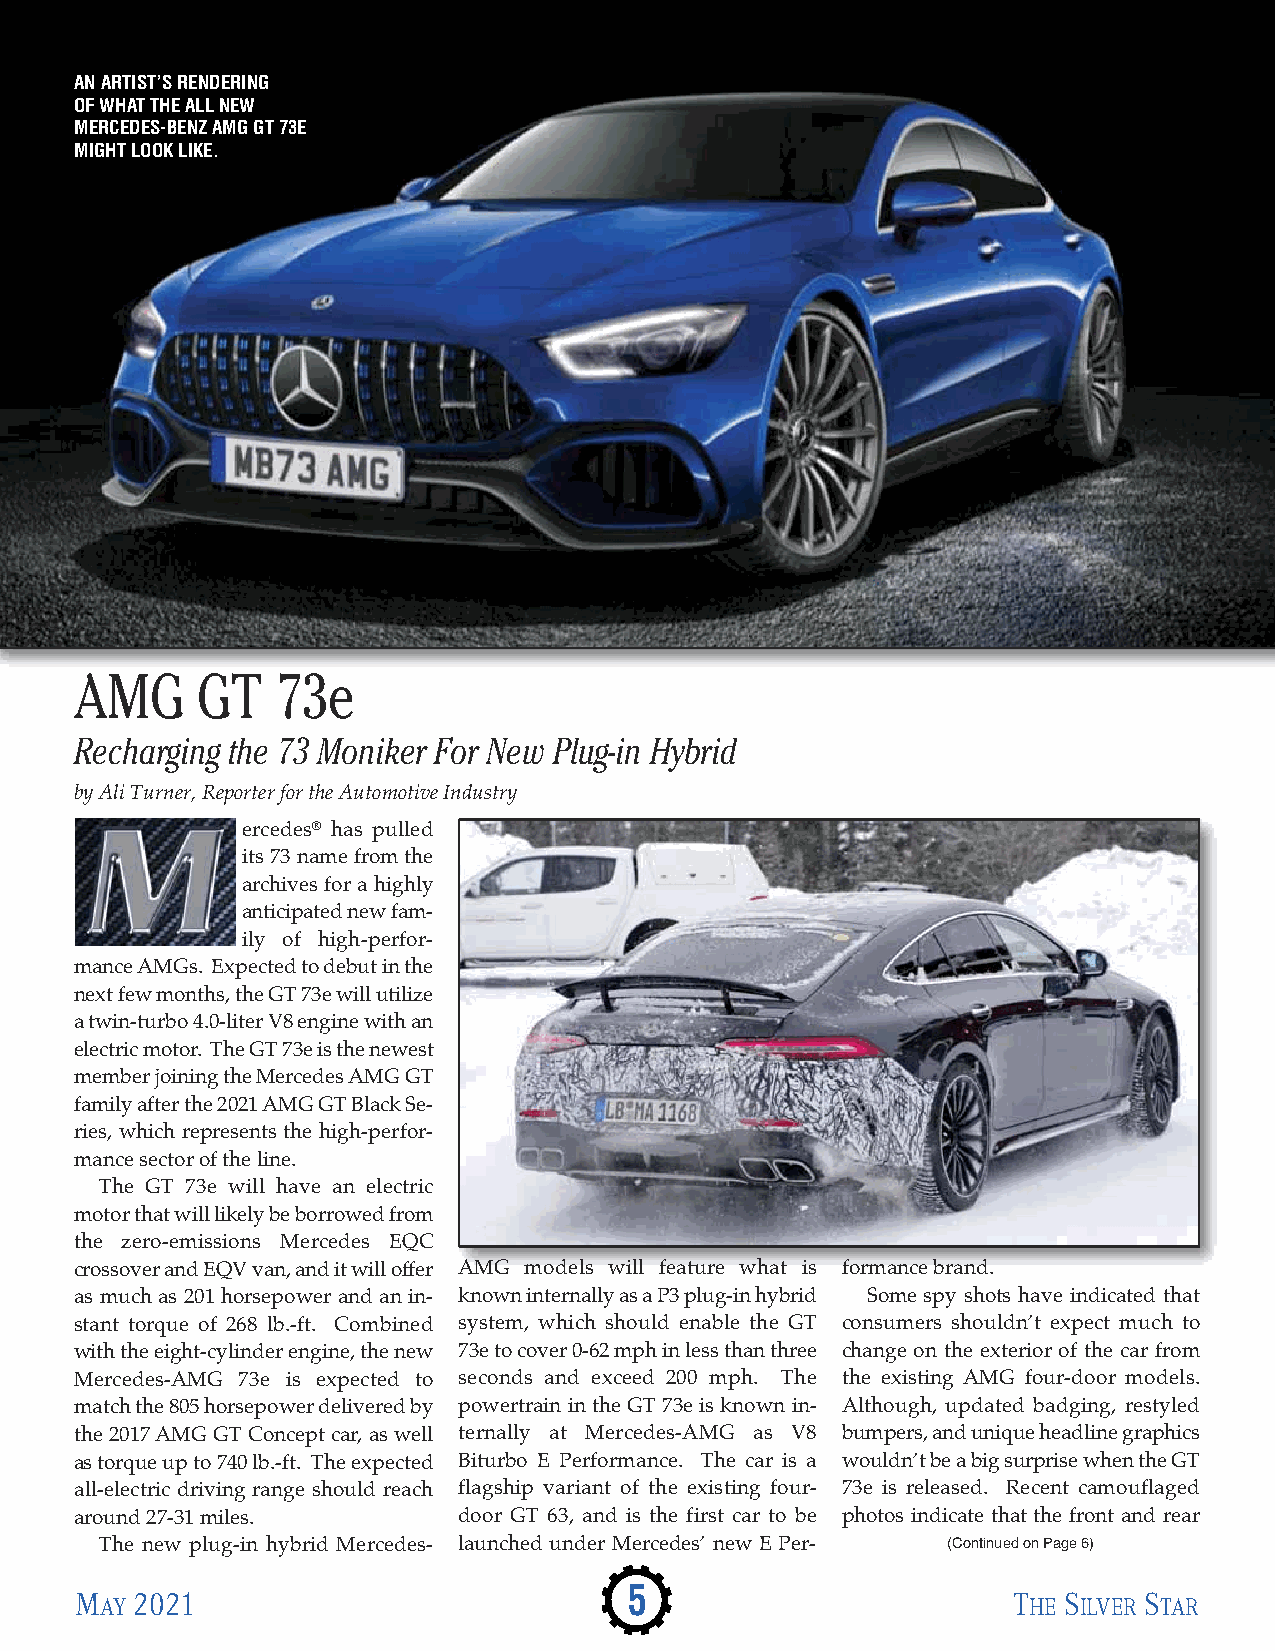
AN ARTIST’S RENDERING
 OF WHAT THE ALL NEW
 MERCEDES-BENZ AMG GT 73E
 MIGHT LOOK LIKE.
 AMG     GT   73e
 Recharging the 73 Moniker For New Plug-in Hybrid
 by Ali Turner, Reporter for the Automotive Industry
 ercedes® has pulled
 its 73 name from the
 archives for a highly
 anticipated new fam-
 ily of high-perfor-
 mance AMGs. Expected to debut in the
 next few months, the GT 73e will utilize
 a twin-turbo 4.0-liter V8 engine with an
 electric motor. The GT 73e is the newest
 member joining the Mercedes AMG GT
 family after the 2021 AMG GT Black Se-
 ries, which represents the high-perfor-
 mance sector of the line.
 The GT 73e will have an electric
 motor that will likely be borrowed from
 the zero-emissions Mercedes EQC
 crossover and EQV van, and it will offer AMG models will feature what is formance brand.
 as much as 201 horsepower and an in- known internally as a P3 plug-in hybrid Some spy shots have indicated that
 stant torque of 268 lb.-ft. Combined system, which should enable the GT consumers shouldn’t expect much to
 with the eight-cylinder engine, the new 73e to cover 0-62 mph in less than three change on the exterior of the car from
 Mercedes-AMG 73e is expected to seconds and exceed 200 mph. The the existing AMG four-door models.
 match the 805 horsepower delivered by powertrain in the GT 73e is known in- Although, updated badging, restyled
 the 2017 AMG GT Concept car, as well ternally at Mercedes-AMG as V8 bumpers, and unique headline graphics
 as torque up to 740 lb.-ft. The expected Biturbo E Performance. The car is a wouldn’t be a big surprise when the GT
 all-electric driving range should reach flagship variant of the existing four- 73e is released. Recent camouflaged
 around 27-31 miles.      door GT 63, and is the first car to be photos indicate that the front and rear
 The new plug-in hybrid Mercedes- launched under Mercedes’ new E Per- (Continued on Page 6)
 M   2021                             5                        T  S     S
 AY                                                           HE ILVER TAR